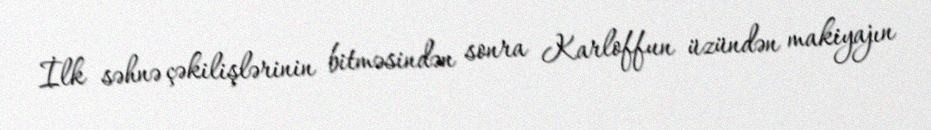
İlk səhnə çəkilişlərinin bitməsindən sonra Karloffun üzündən makiyajın